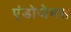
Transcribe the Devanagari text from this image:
एंडोजेमस